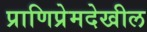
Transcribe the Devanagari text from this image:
प्राणिप्रेमदेखील